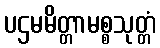
ပဌမမိတ္တာမစ္စသုတ္တံ